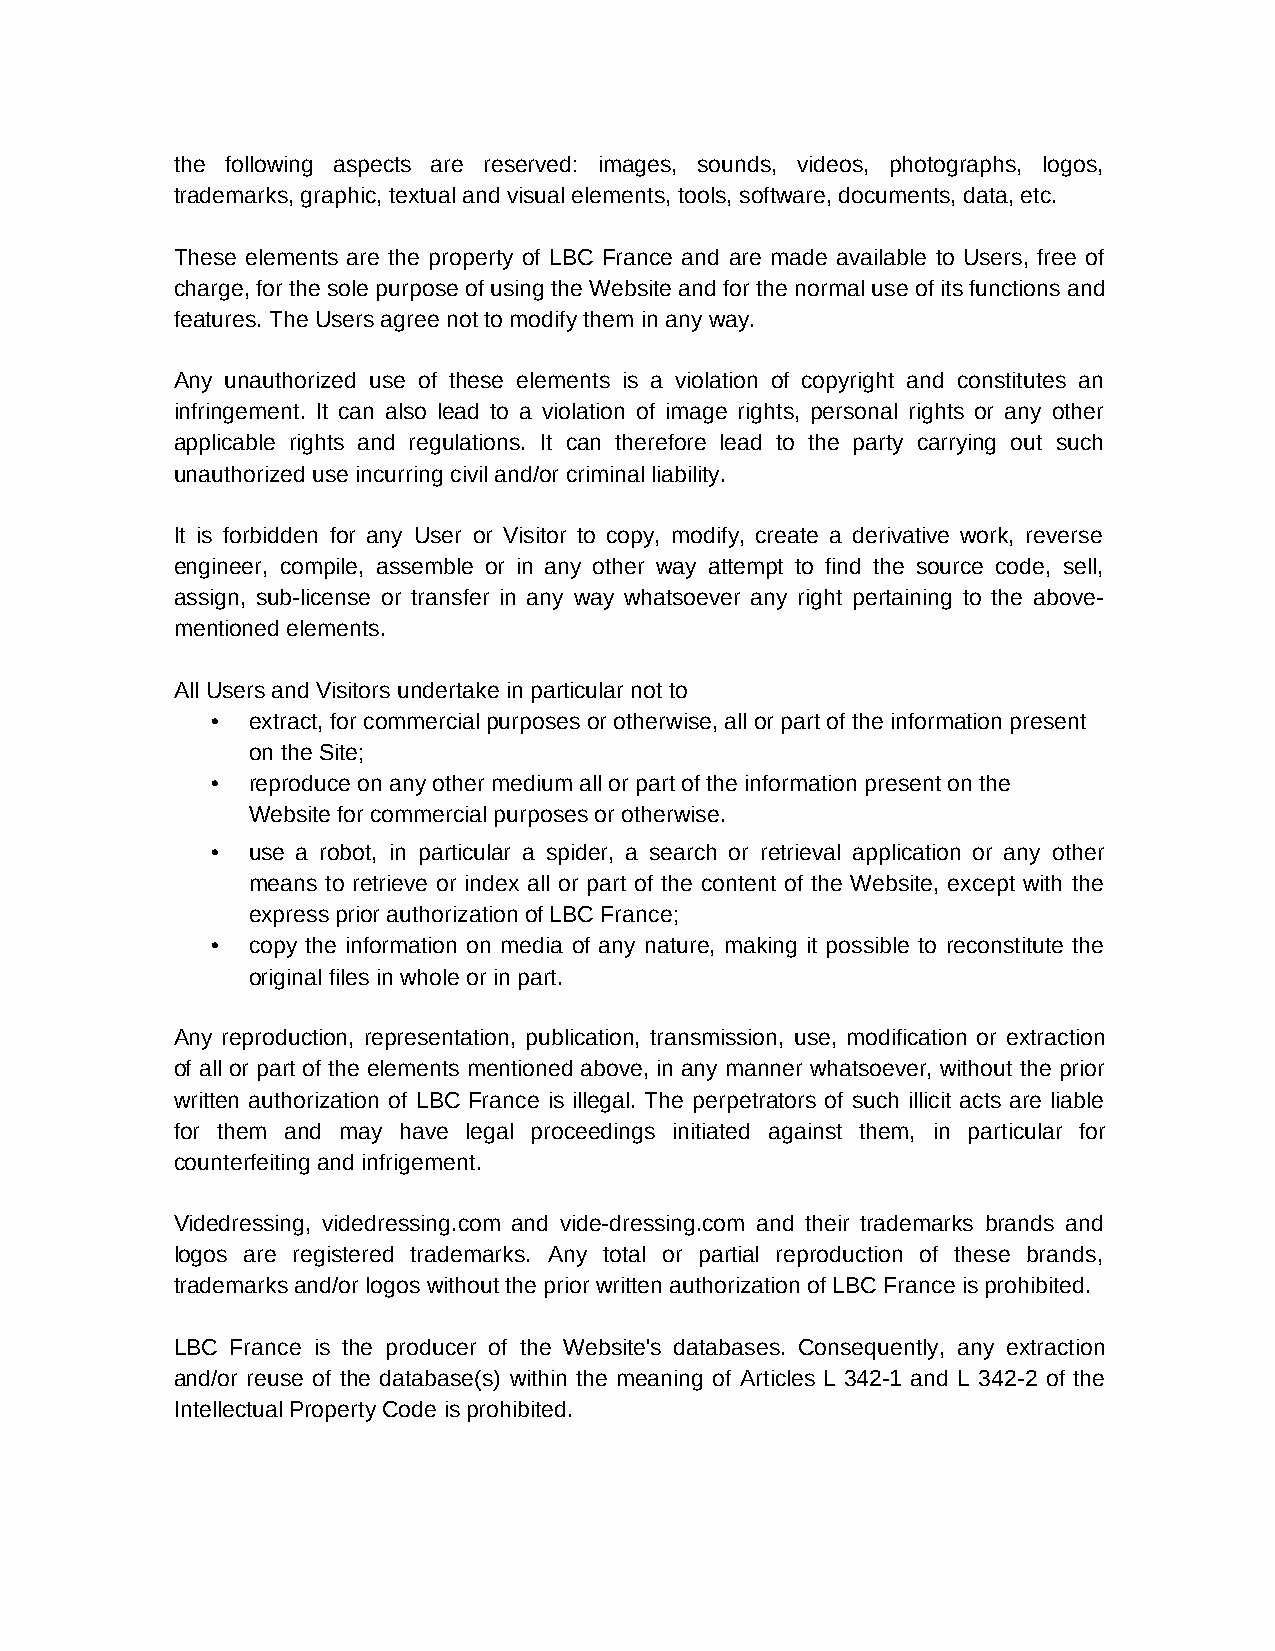
the following aspects are reserved: images, sounds, videos, photographs, logos,
 trademarks, graphic, textual and visual elements, tools, software, documents, data, etc.
 These elements are the property of LBC France and are made available to Users, free of
 charge, for the sole purpose of using the Website and for the normal use of its functions and
 features. The Users agree not to modify them in any way.
 Any unauthorized use of these elements is a violation of copyright and constitutes an
 infringement. It can also lead to a violation of image rights, personal rights or any other
 applicable rights and regulations. It can therefore lead to the party carrying out such
 unauthorized use incurring civil and/or criminal liability.
 It is forbidden for any User or Visitor to copy, modify, create a derivative work, reverse
 engineer, compile, assemble or in any other way attempt to find the source code, sell,
 assign, sub-license or transfer in any way whatsoever any right pertaining to the above-
 mentioned elements.
 All Users and Visitors undertake in particular not to
 • extract, for commercial purposes or otherwise, all or part of the information present
 on the Site;
 • reproduce on any other medium all or part of the information present on the
 Website for commercial purposes or otherwise.
 • use a robot, in particular a spider, a search or retrieval application or any other
 means to retrieve or index all or part of the content of the Website, except with the
 express prior authorization of LBC France;
 • copy the information on media of any nature, making it possible to reconstitute the
 original files in whole or in part.
 Any reproduction, representation, publication, transmission, use, modification or extraction
 of all or part of the elements mentioned above, in any manner whatsoever, without the prior
 written authorization of LBC France is illegal. The perpetrators of such illicit acts are liable
 for them and may have legal proceedings initiated against them, in particular for
 counterfeiting and infrigement.
 Videdressing, videdressing.com and vide-dressing.com and their trademarks brands and
 logos are registered trademarks. Any total or partial reproduction of these brands,
 trademarks and/or logos without the prior written authorization of LBC France is prohibited.
 LBC France is the producer of the Website's databases. Consequently, any extraction
 and/or reuse of the database(s) within the meaning of Articles L 342-1 and L 342-2 of the
 Intellectual Property Code is prohibited.